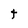
Character: t